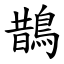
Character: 鵲